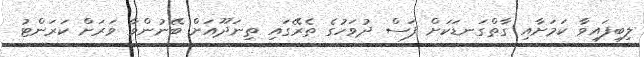
ލިބިފައިވާ ކަމަށާއި ގާތްގަނޑަކަށް ފަސް ދުވަހުގެ ތެރޭގައި ތިނަދޫއަށް ބޭނުންވާ ވަރަށް ކަރަންޓު